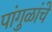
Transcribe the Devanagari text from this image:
पांगुळांचे